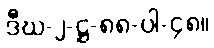
ဒီဃ-၂-ဋ္ဌ-၈၈-ပါ-၄၈။